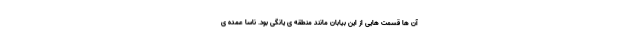
آن ها قسمت هایی از این بیابان مانند منطقه ی یانگی بود. ناسا عمده ی